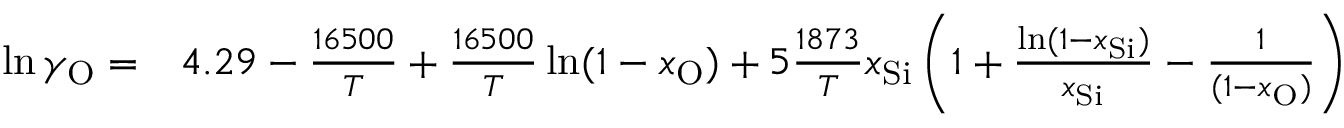
\begin{array} { r l } { \ln \gamma _ { \mathrm { O } } = } & { { } 4 . 2 9 - \frac { 1 6 5 0 0 } { T } + \frac { 1 6 5 0 0 } { T } \ln ( 1 - x _ { \mathrm { O } } ) + 5 \frac { 1 8 7 3 } { T } x _ { \mathrm { S i } } \left( 1 + \frac { \ln ( 1 - x _ { \mathrm { S i } } ) } { x _ { \mathrm { S i } } } - \frac { 1 } { ( 1 - x _ { \mathrm { O } } ) } \right) } \end{array}